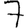
Digit: 7